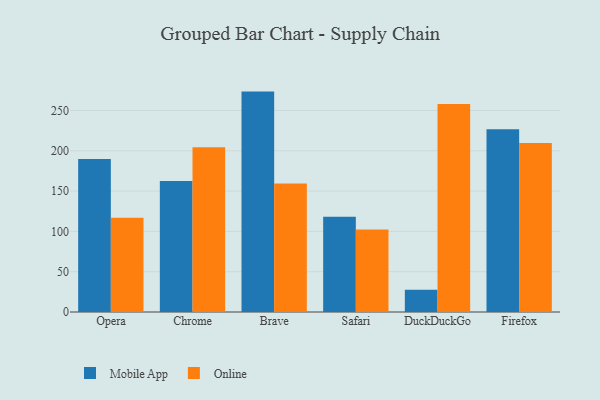
{"axis": {"x": "Browser", "y": "Tickets Resolved"}, "legend": ["Mobile App", "Online"], "data": [{"x": "Opera", "y": 189.9, "type": "Mobile App"}, {"x": "Opera", "y": 116.9, "type": "Online"}, {"x": "Chrome", "y": 162.4, "type": "Mobile App"}, {"x": "Chrome", "y": 204.5, "type": "Online"}, {"x": "Brave", "y": 273.4, "type": "Mobile App"}, {"x": "Brave", "y": 159.5, "type": "Online"}, {"x": "Safari", "y": 118.0, "type": "Mobile App"}, {"x": "Safari", "y": 102.4, "type": "Online"}, {"x": "DuckDuckGo", "y": 27.5, "type": "Mobile App"}, {"x": "DuckDuckGo", "y": 258.0, "type": "Online"}, {"x": "Firefox", "y": 226.7, "type": "Mobile App"}, {"x": "Firefox", "y": 209.5, "type": "Online"}]}